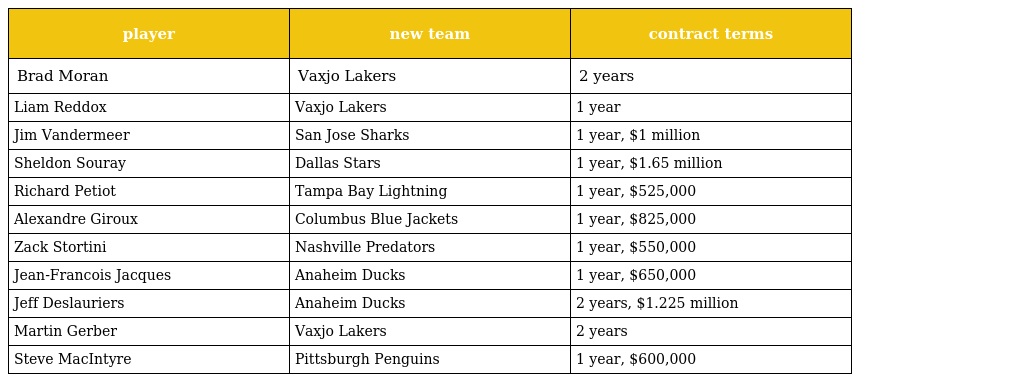
| player | new team | contract terms |
 | --- | --- | --- |
 | Brad Moran | Vaxjo Lakers | 2 years |
 | Liam Reddox | Vaxjo Lakers | 1 year |
 | Jim Vandermeer | San Jose Sharks | 1 year, $1 million |
 | Sheldon Souray | Dallas Stars | 1 year, $1.65 million |
 | Richard Petiot | Tampa Bay Lightning | 1 year, $525,000 |
 | Alexandre Giroux | Columbus Blue Jackets | 1 year, $825,000 |
 | Zack Stortini | Nashville Predators | 1 year, $550,000 |
 | Jean-Francois Jacques | Anaheim Ducks | 1 year, $650,000 |
 | Jeff Deslauriers | Anaheim Ducks | 2 years, $1.225 million |
 | Martin Gerber | Vaxjo Lakers | 2 years |
 | Steve MacIntyre | Pittsburgh Penguins | 1 year, $600,000 |